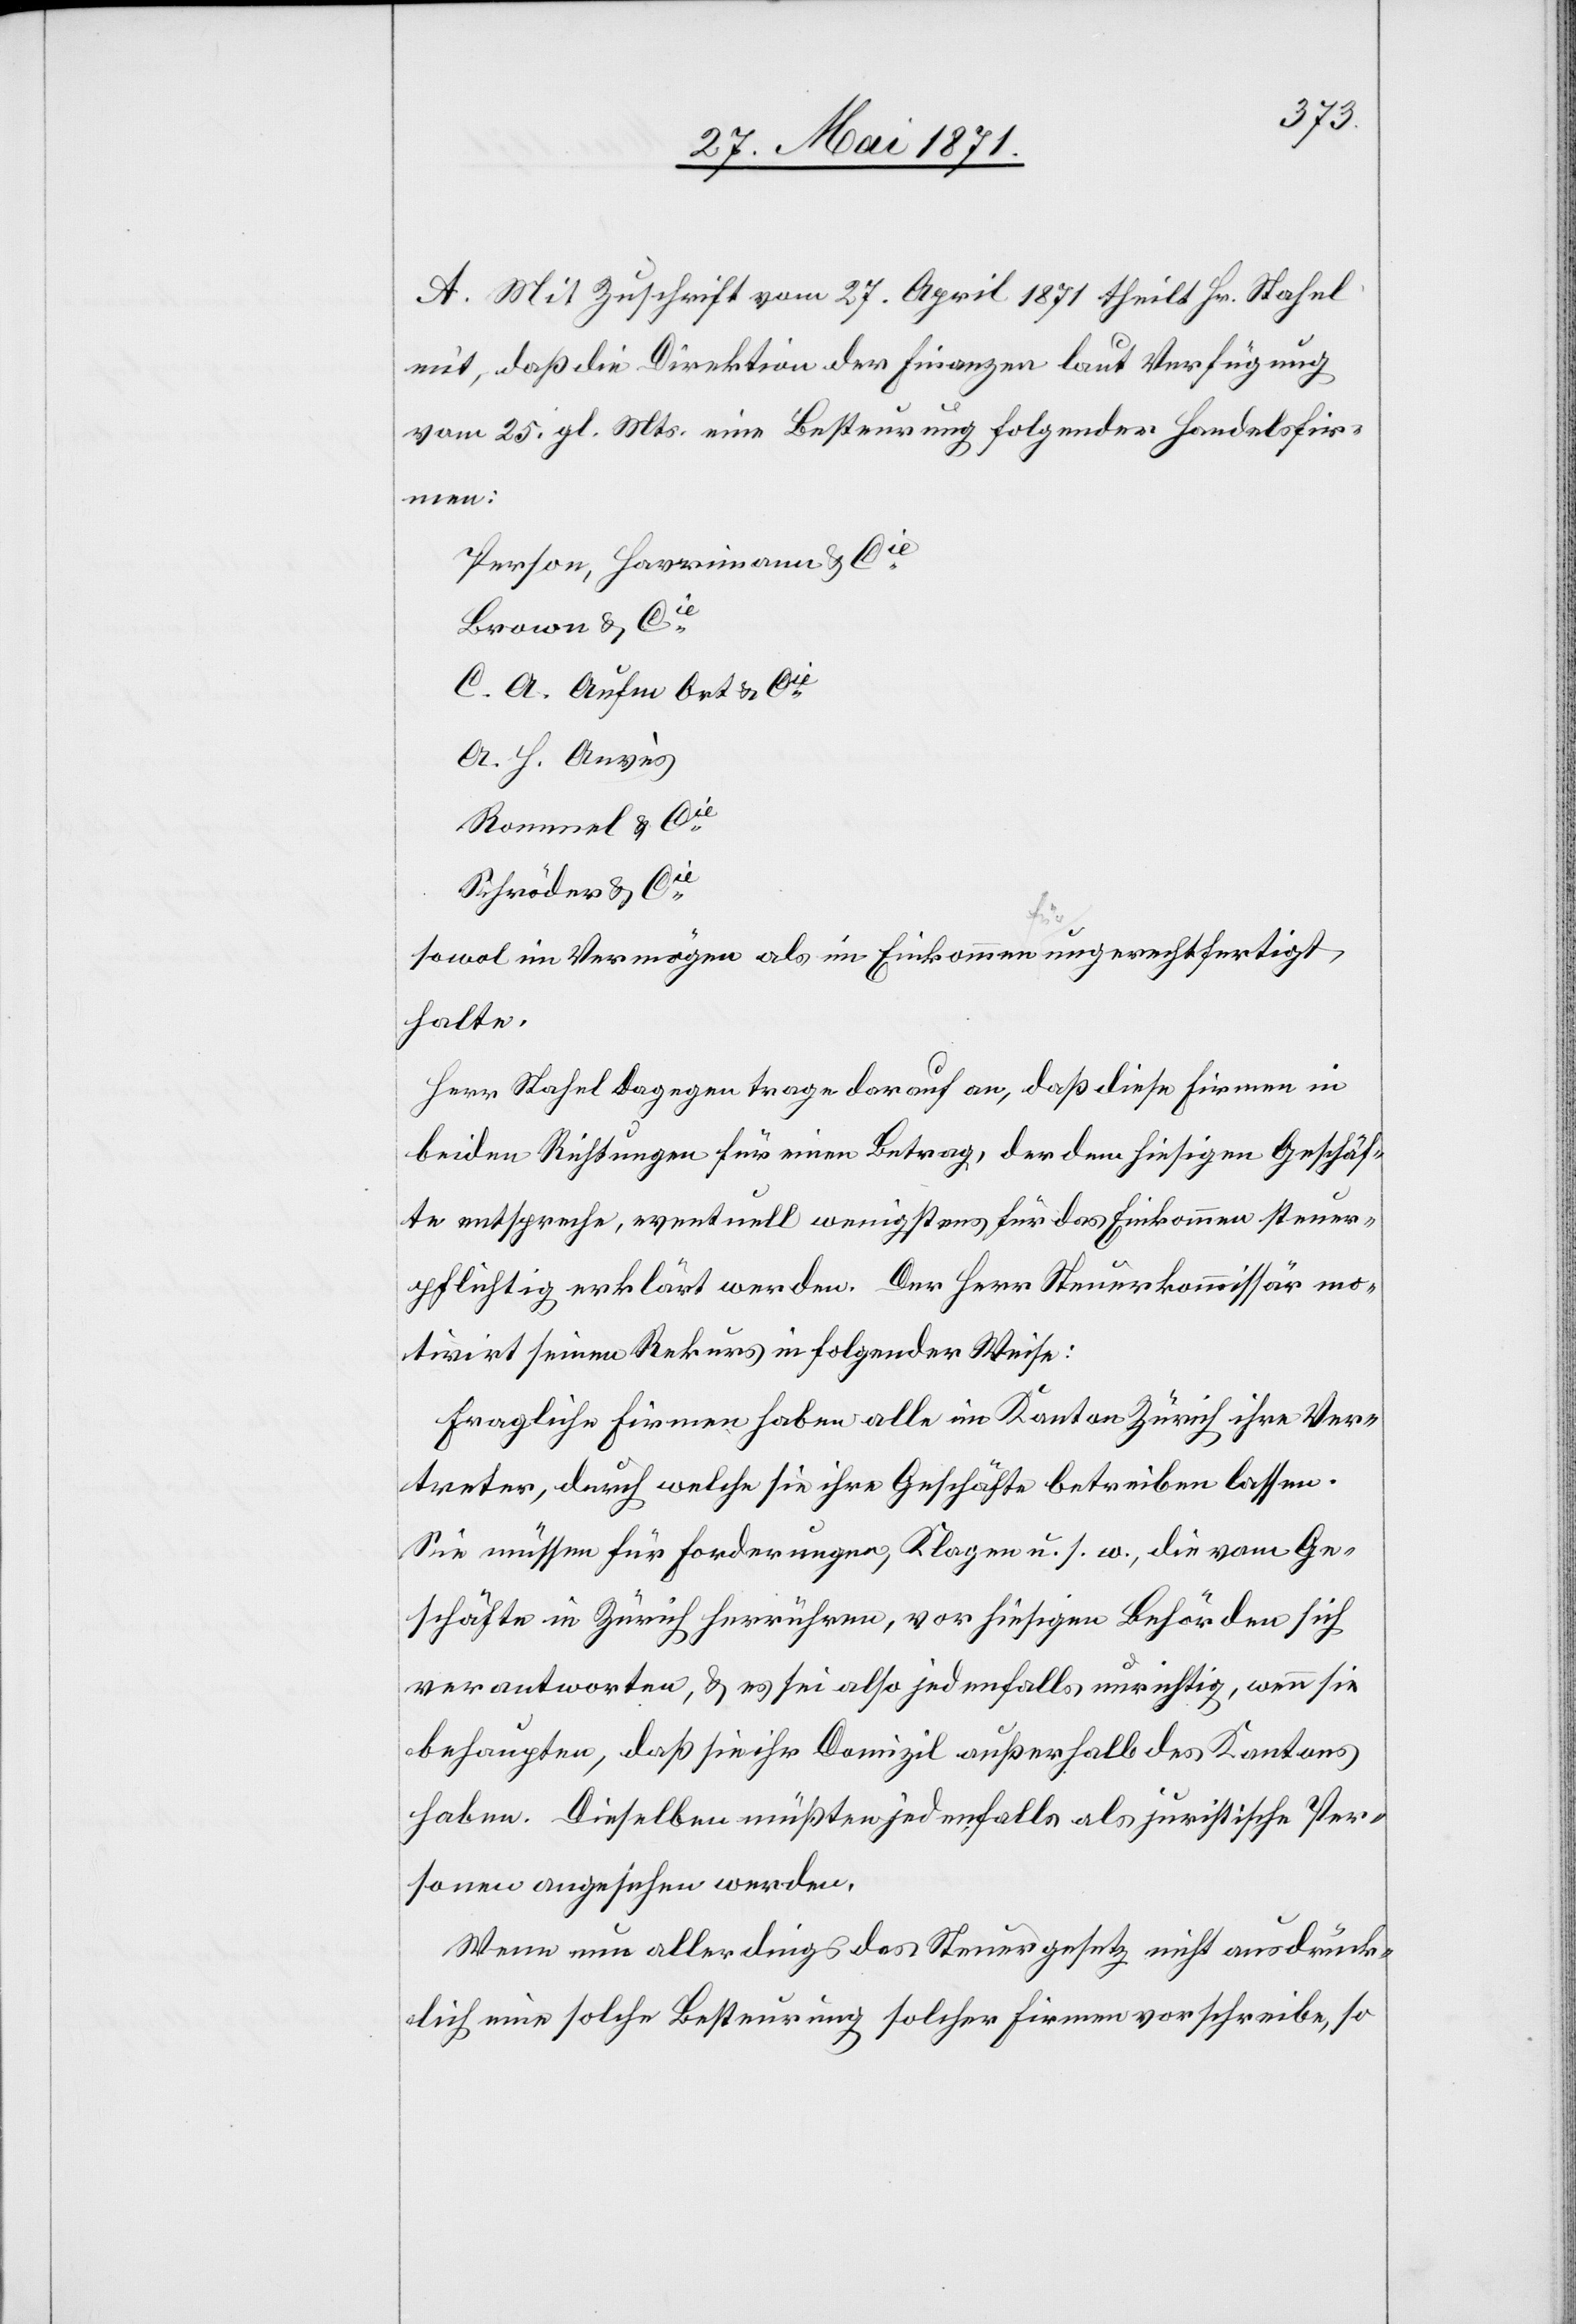
A. Mit Zuschrift vom 27. April 1871 theilt Hr. Stafel
mit, daß die Direktion der Finanzen laut Verfügung
vom 25. gl. Mts. eine Besteuerung folgender Handelsfir¬
men:
Person, Harrimann & Cie.
Brown & Cie.
A. H. Anvès
Rommel & Cie.
Schröder & Cie.
sowol im Vermögen als im Einkommen ungerechtfertigt,
halte.
Herr Stafel dagegen trage darauf an, daß diese Firmen in
beiden Richtungen für einen Betrag, der dem hiesigen Geschäf¬
te entspreche, eventuell wenigstens für das Einkommen steuer¬
pflichtig erklärt werden. Der Herr Steuerkommissär mo¬
tivirt seinen Rekurs in folgender Weise:
Fragliche Firmen haben alle im Kanton Zürich ihre Ver¬
treter, durch welche sie ihre Geschäfte betreiben lassen.
Sie müssen für Forderungen, Klagen u. s. w., die vom Ge¬
schäfte in Zürich herrühren, vor hiesigen Behörden sich
verantworten, u. es sei also jedenfalls unrichtig, wenn sie
behaupten, daß sie ihr Domizil außerhalb des Kantons
haben. Dieselben müßten jedenfalls als juristische Per¬
sonen angesehen werden.
Wenn nun allerdings das Steuergesetz nicht ausdrück¬
lich eine solche Besteuerung solcher Firmen vorschreibe, so